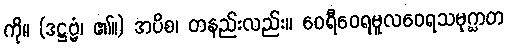
ကို။ (ဒဋ္ဌဗ္ဗံ၊ ၏။) အပိစ၊ တနည်းလည်း။ ဝေရီဝေရမူလဝေရသမုဂ္ဃာတ